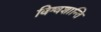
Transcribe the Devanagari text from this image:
विश्वशान्ति